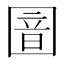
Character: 𫭏